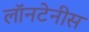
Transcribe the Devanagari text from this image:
लॉनटेनीस